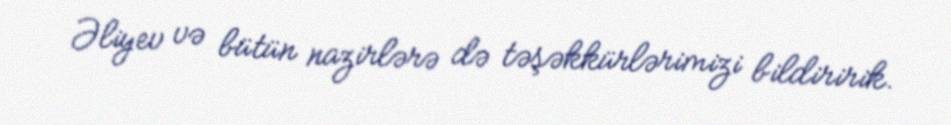
Əliyev və bütün nazirlərə də təşəkkürlərimizi bildiririk.